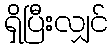
ရှိပြီးလျှင်